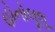
હોનોલૂલૂ